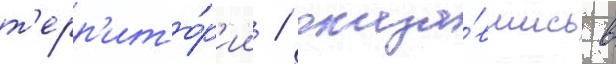
т'ерр'ито́р'ии / оказа́вшись в